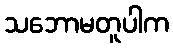
သဘောမတူပါက